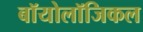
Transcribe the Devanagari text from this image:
बॉयोलॉजिकल